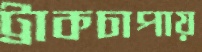
ট্রাকচাপায়